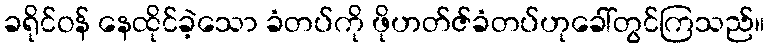
ခရိုင်ဝန် နေထိုင်ခဲ့သော ခံတပ်ကို ဖိုဟတ်ဇ်ခံတပ်ဟုခေါ်တွင်ကြသည်။